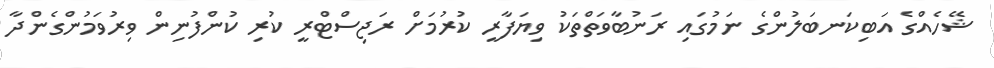
ޝޭހެއްގެ އަބިކަނބަލުންގެ ނަމުގައި ރަނުބާވަތްތަކު ވިޔަފާރީ ކުރުމަށް ރަޖިސްޓްރީ ކުރި ކުންފުނިން ވިރުވަމުންގެންދާ